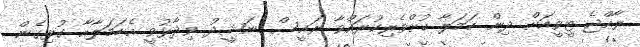
ރާއްޖެ ޓީވީއަށް ދިން ހަމަލާ ކުށްވެރިކުރައްވާ ރައީސް ނަޝީދު ވިދާޅުވީ އެހަމަލާއާ ގުޅިގެން